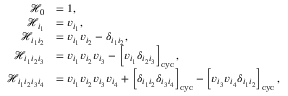
\begin{array} { r l } { \mathcal { H } _ { 0 } } & { = 1 , } \\ { \mathcal { H } _ { i _ { 1 } } } & { = v _ { i _ { 1 } } , } \\ { \mathcal { H } _ { i _ { 1 } i _ { 2 } } } & { = v _ { i _ { 1 } } v _ { i _ { 2 } } - \delta _ { i _ { 1 } i _ { 2 } } , } \\ { \mathcal { H } _ { i _ { 1 } i _ { 2 } i _ { 3 } } } & { = v _ { i _ { 1 } } v _ { i _ { 2 } } v _ { i _ { 3 } } - \left[ v _ { i _ { 1 } } \delta _ { i _ { 2 } i _ { 3 } } \right] _ { \mathrm { c y c } } , } \\ { \mathcal { H } _ { i _ { 1 } i _ { 2 } i _ { 3 } i _ { 4 } } } & { = v _ { i _ { 1 } } v _ { i _ { 2 } } v _ { i _ { 3 } } v _ { i _ { 4 } } + \left[ \delta _ { i _ { 1 } i _ { 2 } } \delta _ { i _ { 3 } i _ { 4 } } \right] _ { \mathrm { c y c } } - \left[ v _ { i _ { 3 } } v _ { i _ { 4 } } \delta _ { i _ { 1 } i _ { 2 } } \right] _ { \mathrm { c y c } } , } \end{array}